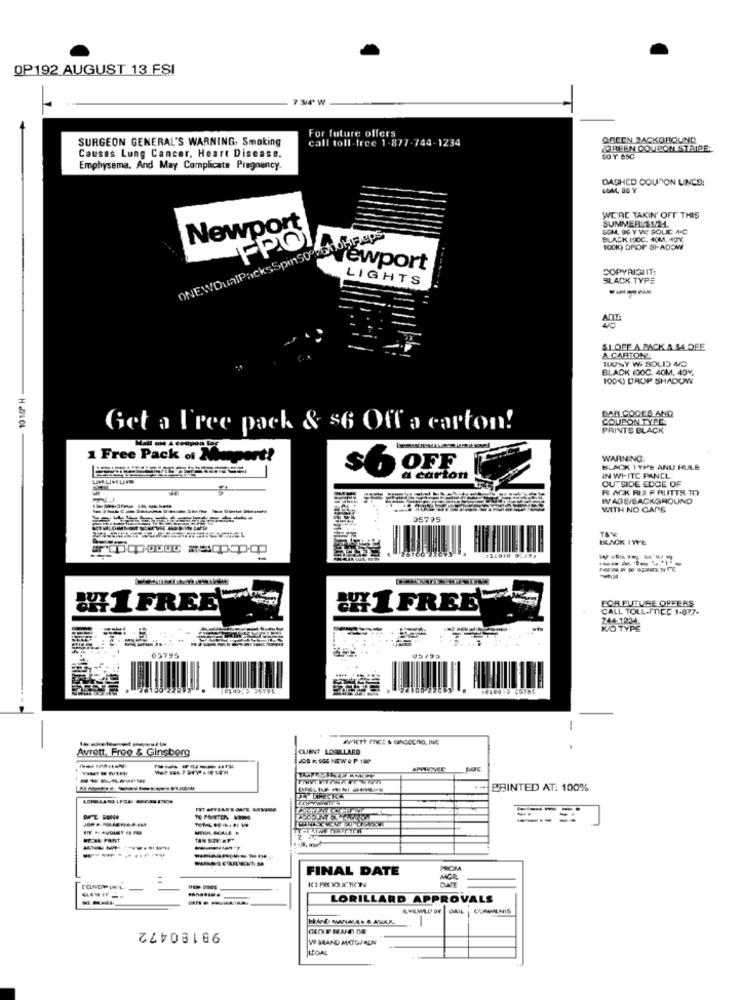
OP192 AUGUST 13 FSI
7 34
SURGEON GENERAL'S WARNING, Smoking
For future offers
call toll -free 1-877-744-1234
OGCON BACKGROUND
COBEEN COUPON STRIPE.
Causes Lung Cancer, Heart Disease.
Emphysema, And May Complicate Pregnancy.
DAGHED COUPON LINCS:
WE'RE TAKIN' OFF THIS
SUMMER'S121
Newport
COM. OG Y WI SOLIC 4.C
BLACK (DOC. 40M, 40Y.
FPO
100K) DROP SHADOW
ewport
COPYRISUIT:
LIGHTS
SLACK TYPE
$1 OFF A BACK & SA DEE
& CARTON
BLACK (DOC. 40M, 40%,
100%) DROP SHADOW
- 10 1/2 H
BAR CODES AND
COUPON TYPES
Get a Free pack & $6 Off a carton!
PRINTS BLACK
1 Free Pack of Manpert!
WARNING:
S
OFF
BLACK TYPE ANU HULE
a carton
IN WHITE PANCL.
OUTSIDE EDGE OF
RACK RIFRUITTS TO
WVAGE/BACKGROUND
WITH NO CAPS
35795
TAV
BLACK TYPE
:#16010 0289>
FOR FUTURE OFFERS
&LFREE
&YI FREE
CALL TOLL-MRCC 1-877-
24431234.
W/O TYPE
05795
-
AWICTT PRICE & GINGCCINO, ING
Avrett, Froo & Gincborg
CLIENT LORILLARD
--------
PRINTED AT: 100%
---------
MEDIA PRINT
FINAL DATE
LORILLARD APPROVALS
98180472
VP BRAND MKTOF AUN
LEGAL